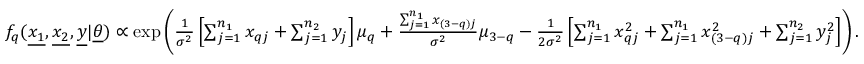
\begin{array} { r } { f _ { q } ( \underline { { x _ { 1 } } } , \underline { { x _ { 2 } } } , \underline { { y } } | \underline { { \theta } } ) \propto \exp \left( \frac { 1 } { \sigma ^ { 2 } } \left[ \sum _ { j = 1 } ^ { n _ { 1 } } x _ { q j } + \sum _ { j = 1 } ^ { n _ { 2 } } y _ { j } \right] \mu _ { q } + \frac { \sum _ { j = 1 } ^ { n _ { 1 } } x _ { ( 3 - q ) j } } { \sigma ^ { 2 } } \mu _ { 3 - q } - \frac { 1 } { 2 \sigma ^ { 2 } } \left[ \sum _ { j = 1 } ^ { n _ { 1 } } x _ { q j } ^ { 2 } + \sum _ { j = 1 } ^ { n _ { 1 } } x _ { ( 3 - q ) j } ^ { 2 } + \sum _ { j = 1 } ^ { n _ { 2 } } y _ { j } ^ { 2 } \right] \right) . } \end{array}